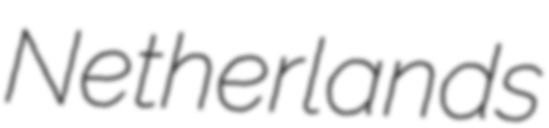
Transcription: Netherlands